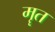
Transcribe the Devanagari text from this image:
मॄत